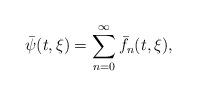
LaTeX: \begin{align*}\bar{\psi}(t,\xi)=\sum_{n=0}^\infty \bar{f}_n(t,\xi),\end{align*}